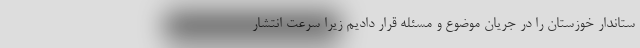
ستاندار خوزستان را در جریان موضوع و مسئله قرار دادیم زیرا سرعت انتشار